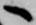
へ